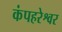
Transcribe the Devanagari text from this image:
कंपहरेश्वर